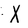
Character: X